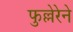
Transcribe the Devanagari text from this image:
फुल्लेरेने